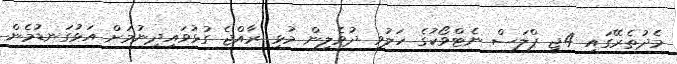
މެދުތެރޭގައި 4ޖީ ޕްލަސް ނެޓްވޯކުގެ ހަލުވި ދުވެލިން މުޅި ރާއްޖެ ގުޅުވައިދިނުމަށް އަޅުގަނޑުމެން